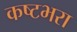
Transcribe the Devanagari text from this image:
कष्टभरा